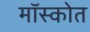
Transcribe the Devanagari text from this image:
मॉस्कोत